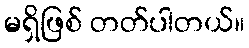
မရှိဖြစ် တတ်ပါတယ်။